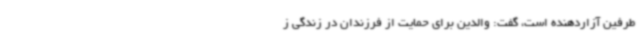
طرفین آزاردهنده است، گفت: والدین برای حمایت از فرزندان در زندگی ز